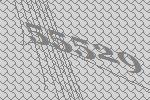
55529